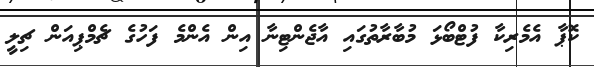
ކޮޕާ އެމެރިކާ ފުޓްބޯޅަ މުބާރާތުގައި އާޖެންޓިނާ އިން އެންމެ ފަހުގެ ޗެމްޕިއަން ޗިލީ